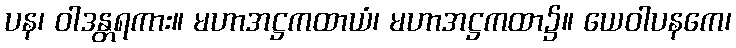
ပန၊ ဝါဒန္တရကား။ မဟာအဋ္ဌကထာယံ၊ မဟာအဋ္ဌကထာ၌။ ယေဝါပနကေ၊